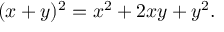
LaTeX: ( x + y ) ^ { 2 } = x ^ { 2 } + 2 x y + y ^ { 2 } .